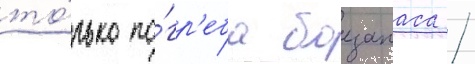
то́лько по́гр'еба боезапаса /